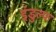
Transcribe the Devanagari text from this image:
इंडुल्फ